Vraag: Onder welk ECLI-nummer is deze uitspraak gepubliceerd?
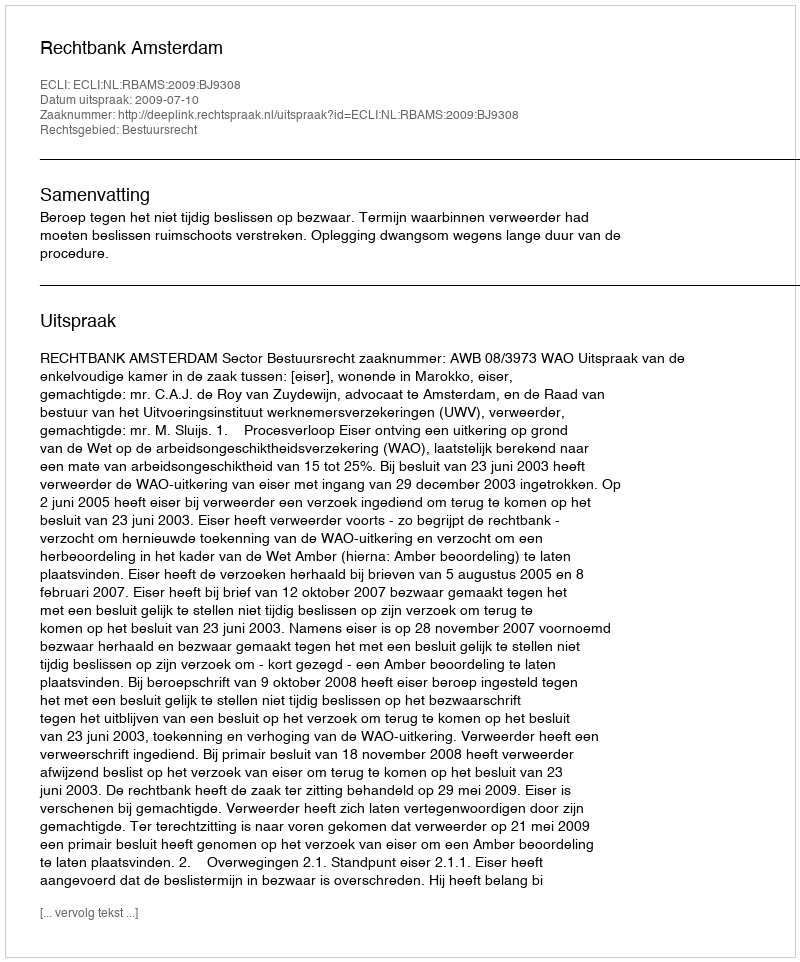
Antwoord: ECLI:NL:RBAMS:2009:BJ9308